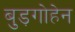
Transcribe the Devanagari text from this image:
बुड़गोहेन